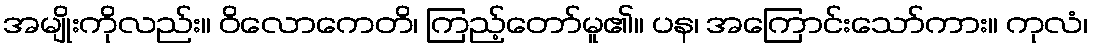
အမျိုးကိုလည်း။ ဝိလောကေတိ၊ ကြည့်တော်မူ၏။ ပန၊ အကြောင်းသော်ကား။ ကုလံ၊